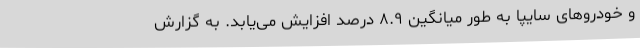
و خودروهای سایپا به طور میانگین ۸.۹ درصد افزایش می‌یابد. به گزارش